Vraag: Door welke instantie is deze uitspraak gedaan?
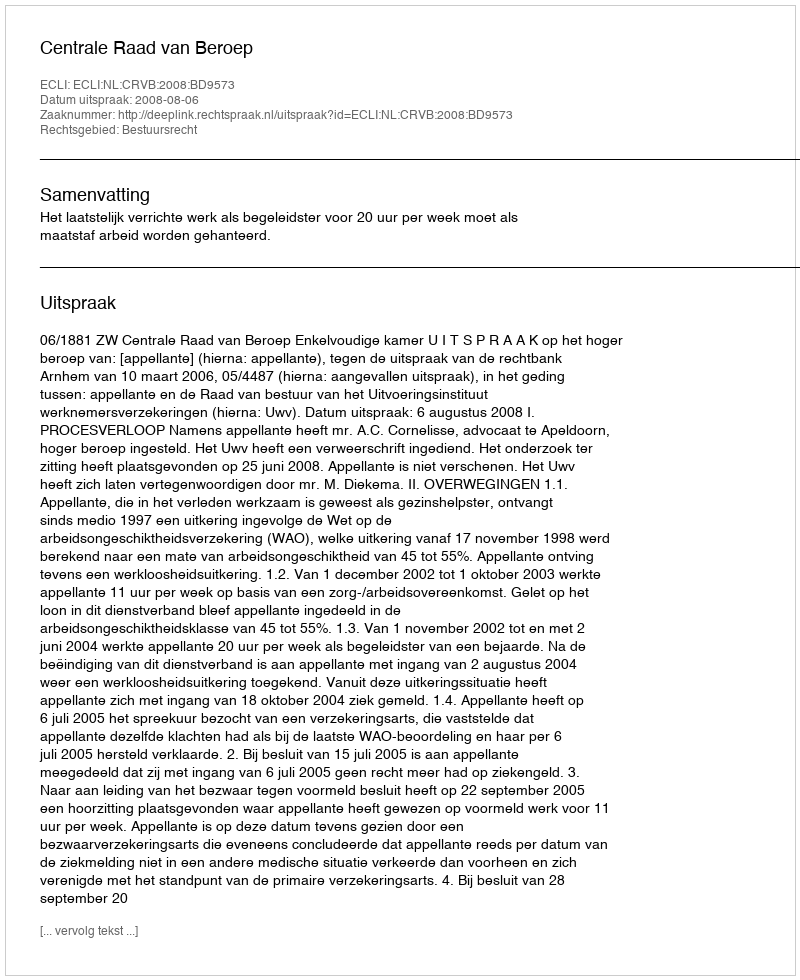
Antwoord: Centrale Raad van Beroep